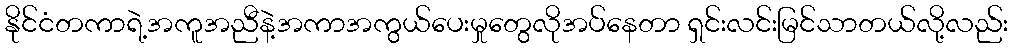
နိုင်ငံတကာရဲ့အကူအညီနဲ့အကာအကွယ်ပေးမှုတွေလိုအပ်နေတာ ရှင်းလင်းမြင်သာတယ်လို့လည်း